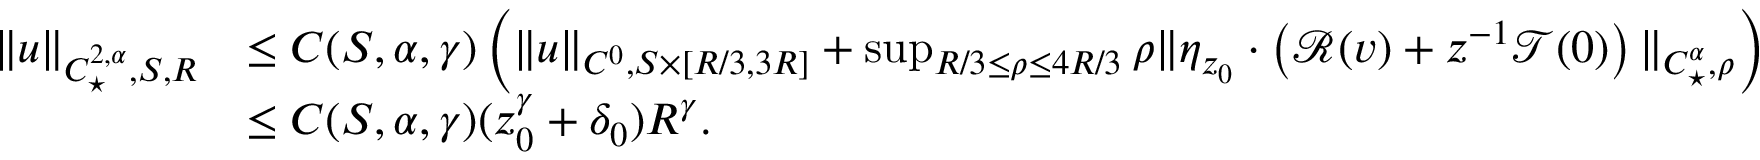
\begin{array} { r l } { \| u \| _ { C _ { \star } ^ { 2 , \alpha } , S , R } } & { \leq C ( S , \alpha , \gamma ) \left( \| u \| _ { C ^ { 0 } , S \times [ R / 3 , 3 R ] } + \operatorname* { s u p } _ { R / 3 \leq \rho \leq 4 R / 3 } \rho \| \eta _ { z _ { 0 } } \cdot \left( \mathscr { R } ( v ) + z ^ { - 1 } \mathscr { T } ( 0 ) \right) \| _ { C _ { \star } ^ { \alpha } , \rho } \right) } \\ & { \leq C ( S , \alpha , \gamma ) ( z _ { 0 } ^ { \gamma } + \delta _ { 0 } ) R ^ { \gamma } . } \end{array}